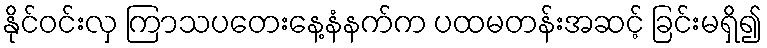
နိုင်ဝင်းလှ ကြာသပတေးနေ့နံနက်က ပထမတန်းအဆင့် ခြင်းမရှိ၍